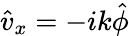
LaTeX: \hat{v}_{x}=-ik\hat{\phi}